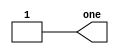
module step_one(
  output one
);

  assign one = 1'b1;

endmodule